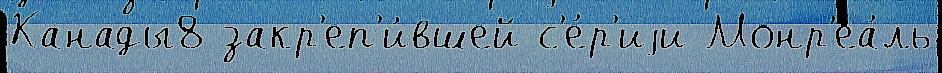
Канады8 закр'еп'и́вшей с'е́р'иjи Монр'еа́ль